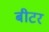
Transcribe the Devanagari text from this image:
बीटर